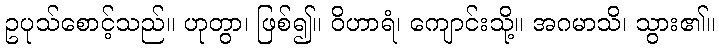
ဥပုသ်စောင့်သည်။ ဟုတွာ၊ ဖြစ်၍။ ဝိဟာရံ၊ ကျောင်းသို့။ အဂမာသိ၊ သွား၏။